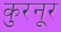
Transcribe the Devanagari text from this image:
कुरनूर